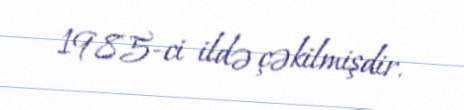
1985-ci ildə çəkilmişdir.